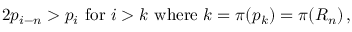
2 p _ { i - n } > p _ { i } { \mathrm { ~ f o r ~ } } i > k { \mathrm { ~ w h e r e ~ } } k = \pi ( p _ { k } ) = \pi ( R _ { n } ) \, ,